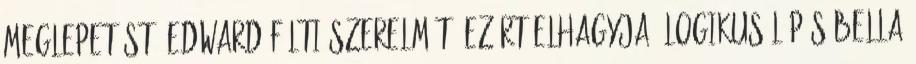
meglepetést. Edward félti szerelmét, ezért elhagyja. Logikus lépés Bella